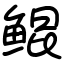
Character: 鲲